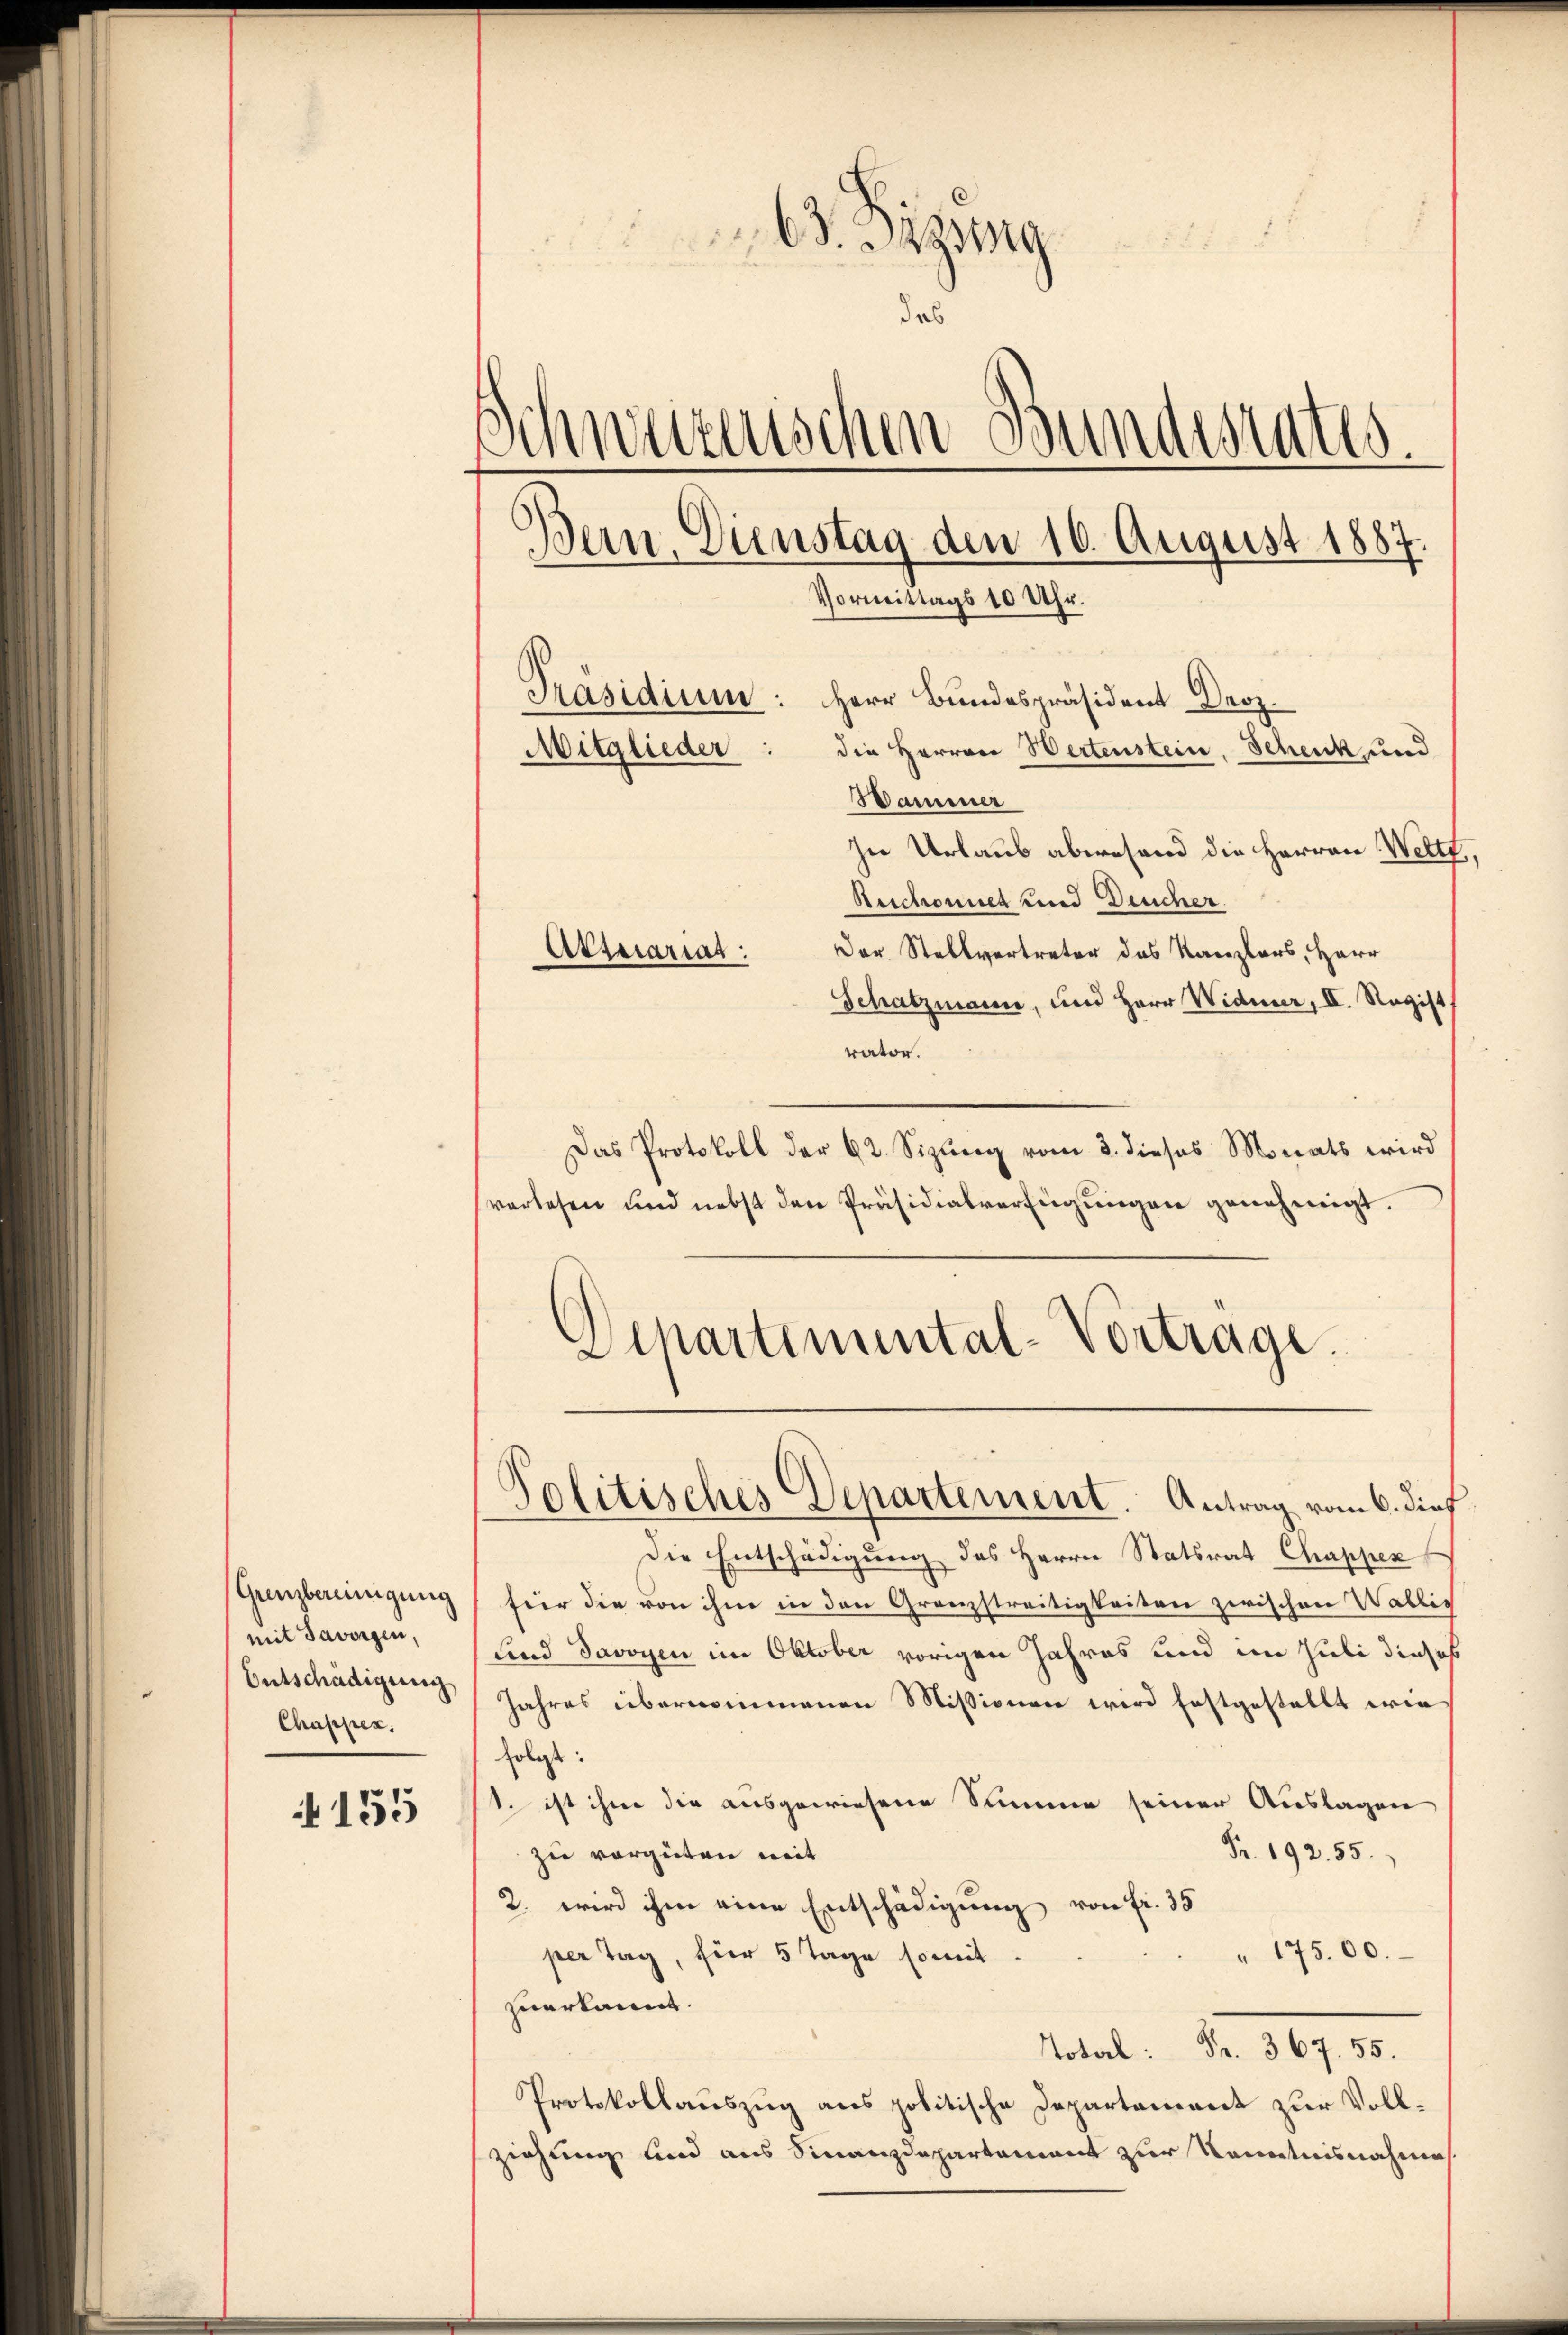
Grenzbereinigung
mit davorgen,
Entschädigung
Chapper.

155

63. Dageg

das
Schweizerischen Bundestatis
Bein. Dienstag den 16. August 1887.
Vormittags 10 Uhr.
Präsidium: Herr Bundespräsident Droz.
Mitglieder: die Herren Wertenstein, Schenk und
Wammer

In Urlaub abwesend die Herren Welt,
Aeschonnet und Deucher.
Der Stellvertreter das Kanzlers, Herr
Schatzmann, und Herr Widmer, II. Ragist
rator.
Das Protokoll der 62. Sizung vom 3. dieses Monats wird
verlesen und nebst den Präsidialverfügungen genehmigt.
Schartemental-Vortrage.

Aktuariat

Politisches Departement. Antrag vom 6. dies

die Entschädigung des Herrn Statsrat Chappen
für die von ihm in den Granzstreitigkeiten zwischen Wallis
und Javoyen im Oktober vorigen Jahres und im Juli dieses
Jahres übernommenen Missionen wird festgestellt wie
folgt:
1. ist ihm die ausgewiesene Summe seiner Auslagen
Fr. 192. 55.
zu vergüten mit
2. wird ihm eine Entschädigung von fr. 35
" 175.00.
per Tag, für 5 Tage somit
zuerkannt.
Notarl: Fr. 367. 55.
Protokollauszug aus politische Departement zur Vollziehung und aus Finanzdepartement zur Kenntnisnahmes